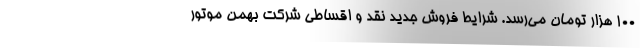
۱۰۰ هزار تومان می‌رسد. شرایط فروش جدید نقد و اقساطی شرکت بهمن موتور